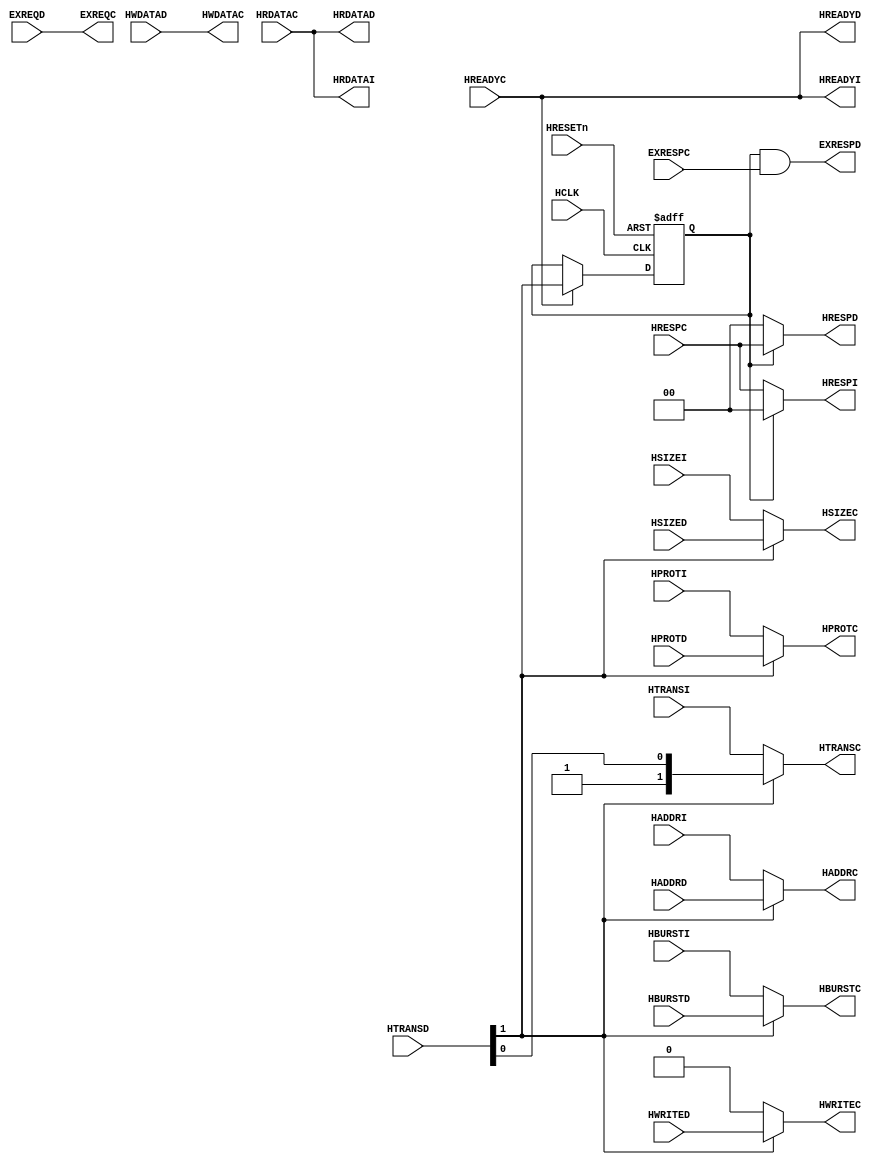
//-----------------------------------------------------------------------------
// The confidential and proprietary information contained in this file may
// only be used by a person authorised under and to the extent permitted
// by a subsisting licensing agreement from ARM Limited or its affiliates.
//
//        (C) COPYRIGHT 2015 ARM Limited or its affiliates.
//            ALL RIGHTS RESERVED
//
// This entire notice must be reproduced on all copies of this file
// and copies of this file may only be made by a person if such person is
// permitted to do so under the terms of a subsisting license agreement
// from ARM Limited or its affiliates.
//
//      SVN Information
//
//      Checked In          :  2015-09-17 13:43:40 +0100 (Thu, 17 Sep 2015)
//
//      Revision            :  2354
//
//      Release Information : CM3DesignStart-r0p0-02rel0
//
// -----------------------------------------------------------------------------
//  Purpose : Bus Multiplexer to combine the ICODE and DCODE buses
// -----------------------------------------------------------------------------
// File content is a simple (unchanged) version of CM3 - CortexM3 integration - cm3_code_mux.v
// Used CM3 release: AT425-BU-50000-r2p1-00rel0
//    Revision: 143211
//    Release Information : CM3DesignStart-r0p0-02rel0
//-----------------------------------------------------------------------------

`define RESP_OKAY 2'b00

module p_beid_interconnect_f0_ahb_code_mux (
  // Inputs
  HCLK, HRESETn,
  HADDRI, HTRANSI, HSIZEI, HBURSTI, HPROTI,
  HADDRD, HTRANSD, HSIZED, HBURSTD, HPROTD, HWDATAD, HWRITED, EXREQD,
  HRDATAC, HREADYC, HRESPC, EXRESPC,
  // Outputs
  HRDATAI, HREADYI, HRESPI, HRDATAD, HREADYD, HRESPD, EXRESPD,
  HADDRC, HWDATAC, HTRANSC, HWRITEC, HSIZEC, HBURSTC, HPROTC, EXREQC
  );

  // Common AHB signals
  input         HCLK;             // AHB system clock
  input         HRESETn;          // AHB system reset

  // CPU side inputs
  input [31:0]  HADDRI;           // ICode address
  input  [1:0]  HTRANSI;          // ICode transfer type
  input  [2:0]  HSIZEI;           // ICode transfer size
  input  [2:0]  HBURSTI;          // ICode burst type
  input  [3:0]  HPROTI;           // ICode protection control
  input [31:0]  HADDRD;           // DCode address
  input  [1:0]  HTRANSD;          // DCode transfer type
  input  [2:0]  HSIZED;           // DCode transfer size
  input  [2:0]  HBURSTD;          // DCode burst type
  input  [3:0]  HPROTD;           // DCode protection control
  input [31:0]  HWDATAD;          // DCode write data
  input         HWRITED;          // DCode write not read
  input         EXREQD;           // DCode exclusive request

  // Code side inputs
  input [31:0]  HRDATAC;          // Code bus read data
  input         HREADYC;          // Code bus transfer completed
  input  [1:0]  HRESPC;           // Code bus response status
  input         EXRESPC;          // Code bus exclusive response

  // CPU side outputs
  output [31:0] HRDATAI;          // ICode read data
  output        HREADYI;          // ICode transfer completed
  output  [1:0] HRESPI;           // ICode response status
  output [31:0] HRDATAD;          // DCode read data
  output        HREADYD;          // DCode transfer completed
  output  [1:0] HRESPD;           // DCode response status
  output        EXRESPD;          // DCode exclusive response

  // Code side outputs
  output [31:0] HADDRC;           // Code bus address
  output [31:0] HWDATAC;          // Code bus write data
  output  [1:0] HTRANSC;          // Code bus transfer type
  output        HWRITEC;          // Code bus write not read
  output  [2:0] HSIZEC;           // Code bus transfer size
  output  [2:0] HBURSTC;          // Code bus burst type
  output  [3:0] HPROTC;           // Code bus protection control
  output        EXREQC;           // Code bus exclusive request

//------------------------------------------------------------------------------
// Signal declarations
//------------------------------------------------------------------------------

  wire          d_trans_active;     // Active transaction on DCode bus
  reg           d_trans_active_reg; // Registered d_trans_active

//------------------------------------------------------------------------------
// Beginning of main code
//------------------------------------------------------------------------------

  assign d_trans_active = HTRANSD[1];

  // Address and control
  assign HADDRC  = d_trans_active ? HADDRD  : HADDRI;
  assign HTRANSC = d_trans_active ? HTRANSD : HTRANSI;
  assign HWRITEC = d_trans_active ? HWRITED : 1'b0;
  assign HSIZEC  = d_trans_active ? HSIZED  : HSIZEI;
  assign HBURSTC = d_trans_active ? HBURSTD : HBURSTI;
  assign HPROTC  = d_trans_active ? HPROTD  : HPROTI;

  // Read/write data
  assign HRDATAI = HRDATAC;
  assign HRDATAD = HRDATAC;
  assign HWDATAC = HWDATAD;

  // Ready response
  assign HREADYI = HREADYC;
  assign HREADYD = HREADYC;

  // Transfer response status
  assign HRESPI  = d_trans_active_reg ? `RESP_OKAY : HRESPC;
  assign HRESPD  = d_trans_active_reg ? HRESPC     : `RESP_OKAY;

  // Exclusive request/response
  assign EXREQC  = EXREQD;
  assign EXRESPD = d_trans_active_reg & EXRESPC;

  // Registered d_trans_active
  always @ (posedge HCLK or negedge HRESETn)
    begin
      if (!HRESETn)
        d_trans_active_reg <= 1'b0;
      else if (HREADYC)
        d_trans_active_reg <= d_trans_active;
    end

//------------------------------------------------------------------------------
// Assertions
//------------------------------------------------------------------------------


endmodule